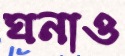
ঘনাও